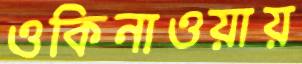
ওকিনাওয়ায়